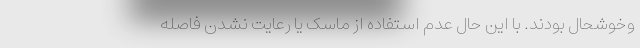
وخوشحال بودند. با این حال عدم استفاده از ماسک یا رعایت نشدن فاصله